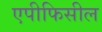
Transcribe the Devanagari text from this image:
एपीफिसील